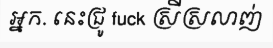
អ្នក. នេះជ្រូ fuck ស្រីស្រលាញ់